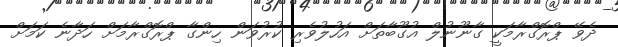
ދެވޭ ޕްރޮގްރާމަކީ ގާނޫނުލް އުގޫބާތަށް އަހުލުވެރި ކުރުވަން ހިންގާ ޕްރޮގްރާމަށް ހަދާނެ ކަމަށް